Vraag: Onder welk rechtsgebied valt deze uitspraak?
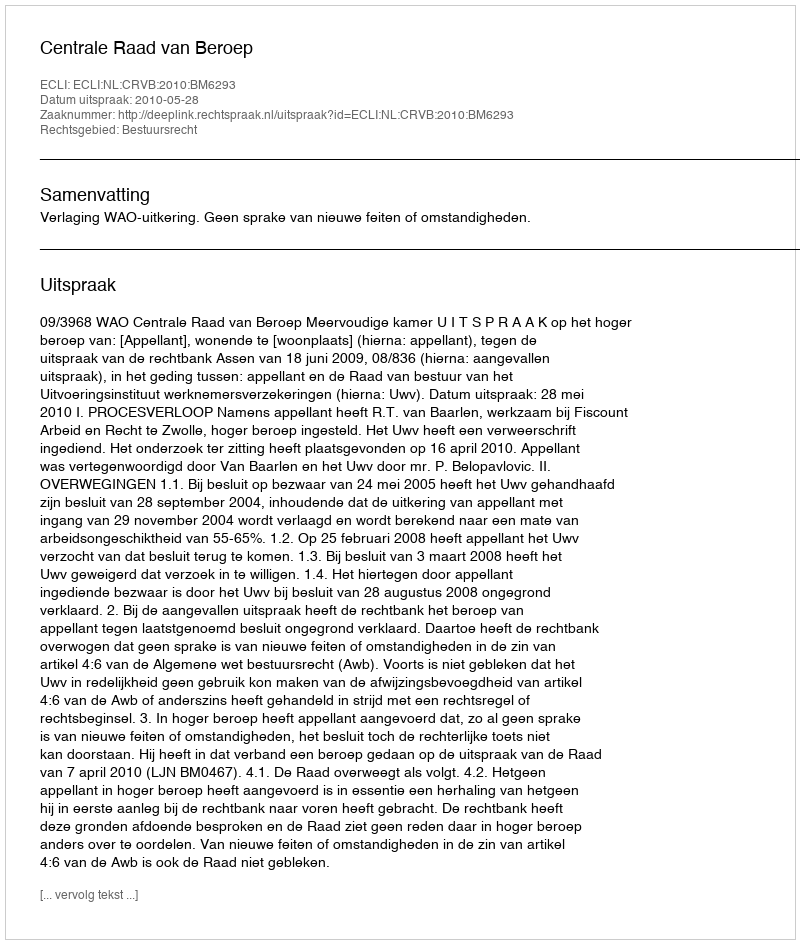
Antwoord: Bestuursrecht